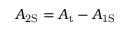
A _ { \mathrm { { 2 S } } } = A _ { \mathrm { { t } } } - A _ { \mathrm { { 1 S } } }